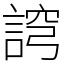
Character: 䛪